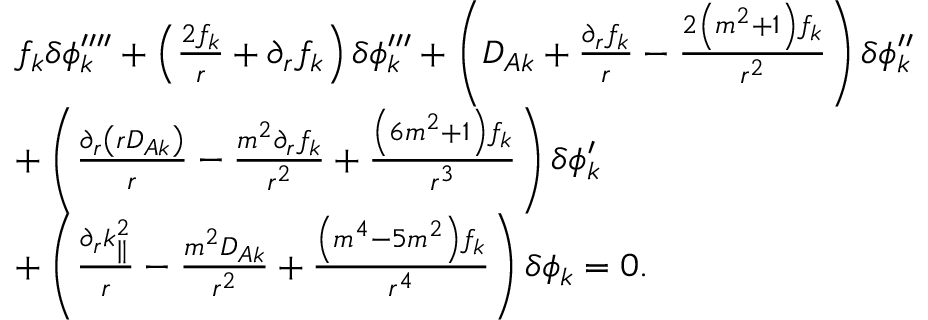
\begin{array} { r l } & { f _ { k } \delta \phi _ { k } ^ { \prime \prime \prime \prime } + \left( \frac { 2 f _ { k } } { r } + \partial _ { r } f _ { k } \right) \delta \phi _ { k } ^ { \prime \prime \prime } + \left( D _ { A { k } } + \frac { \partial _ { r } f _ { k } } { r } - \frac { 2 \left( m ^ { 2 } + 1 \right) f _ { k } } { r ^ { 2 } } \right) \delta \phi _ { k } ^ { \prime \prime } } \\ & { + \left( \frac { \partial _ { r } \left( r D _ { A { k } } \right) } { r } - \frac { m ^ { 2 } \partial _ { r } f _ { { k } } } { r ^ { 2 } } + \frac { \left( 6 m ^ { 2 } + 1 \right) f _ { k } } { r ^ { 3 } } \right) \delta \phi _ { k } ^ { \prime } } \\ & { + \left( \frac { \partial _ { r } k _ { \parallel } ^ { 2 } } { r } - \frac { m ^ { 2 } D _ { A { k } } } { r ^ { 2 } } + \frac { \left( m ^ { 4 } - 5 m ^ { 2 } \right) f _ { { k } } } { r ^ { 4 } } \right) \delta \phi _ { k } = 0 . } \end{array}